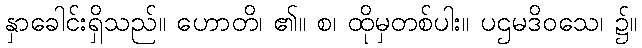
နှာခေါင်းရှိသည်။ ဟောတိ၊ ၏။ စ၊ ထိုမှတစ်ပါး။ ပဌမဒိဝသေ၊ ၌။